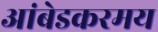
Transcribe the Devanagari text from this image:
आंबेडकरमय